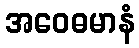
အဝေဓမာနံ